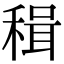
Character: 𥠋